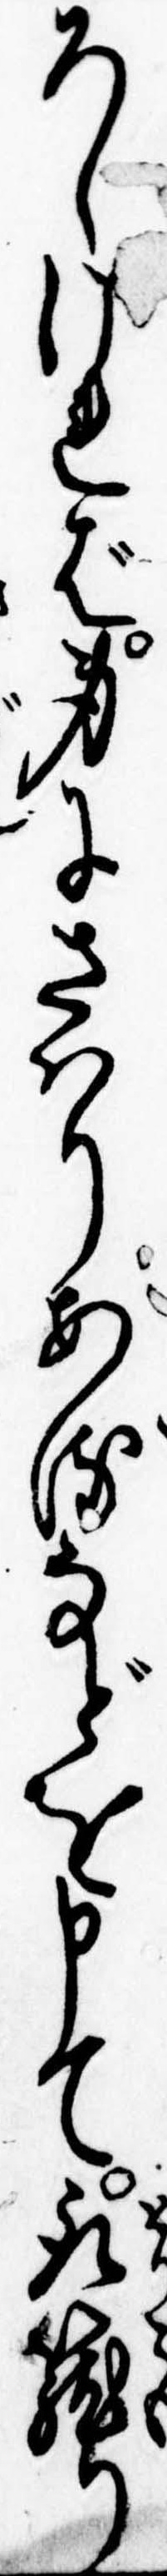
ろしければ身にさはりあるなどを申て取篭り